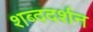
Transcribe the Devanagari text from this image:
शब्ददर्शन